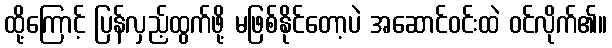
ထို့ကြောင့် ပြန်လှည့်ထွက်ဖို့ မဖြစ်နိုင်တော့ပဲ အဆောင်ဝင်းထဲ ဝင်လိုက်၏။